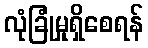
လုံခြုံမှုရှိစေရန်